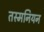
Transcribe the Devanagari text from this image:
तस्मनियन